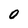
Character: O